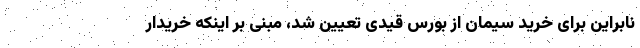
نابراین برای خرید سیمان از بورس قیدی تعیین شد، مبنی بر اینکه خریدار